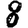
Digit: 8